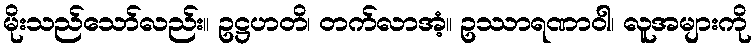
မိုးသည်သော်လည်း။ ဥဋ္ဌဟတိ၊ တက်လာအံ့။ ဥဿာရဏာဝါ၊ လူအများကို